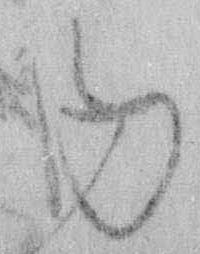
内